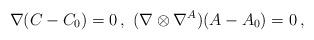
LaTeX: \begin{align*}\nabla(C-C_0)=0\,,\ (\nabla\otimes \nabla^A )(A-A_0)=0\,,\end{align*}